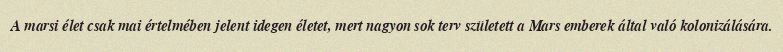
A marsi élet csak mai értelmében jelent idegen életet, mert nagyon sok terv született a Mars emberek által való kolonizálására.